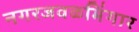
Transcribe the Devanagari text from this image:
नगरजवळभिंगार